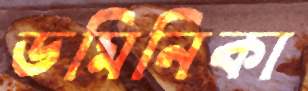
ডমিনিকা